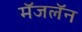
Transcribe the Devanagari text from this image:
मॅजलॅन